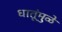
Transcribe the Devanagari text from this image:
धातूंमुळे